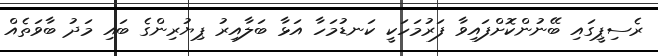
ރެސިޕީގައި ބޭނުންކޮށްފައިވާ ފަރުމަހަކީ ކަނޑުމަހާ އަޅާ ބަލާއިރު ޕިޔުރިންގެ ބައި މަދު ބާވަތެއް